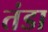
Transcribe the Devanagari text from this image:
तंडा